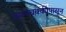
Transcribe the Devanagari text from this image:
पवनचक्कीपासून